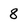
Character: 8